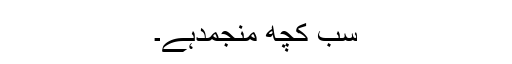
سب کچھ منجمدہے۔